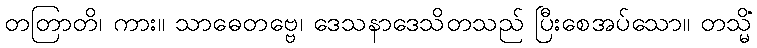
တတြာတိ၊ ကား။ သာဓေတဗ္ဗေ၊ ဒေသနာဒေသိတသည် ပြီးစေအပ်သော။ တသ္မိံ